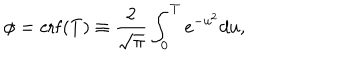
\phi = \mathrm { e r f } ( T ) \equiv \frac { 2 } { \sqrt { \pi } } \int _ { 0 } ^ { T } e ^ { - u ^ { 2 } } d u ,